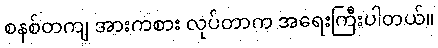
စနစ်တကျ အားကစား လုပ်တာက အရေးကြီးပါတယ်။